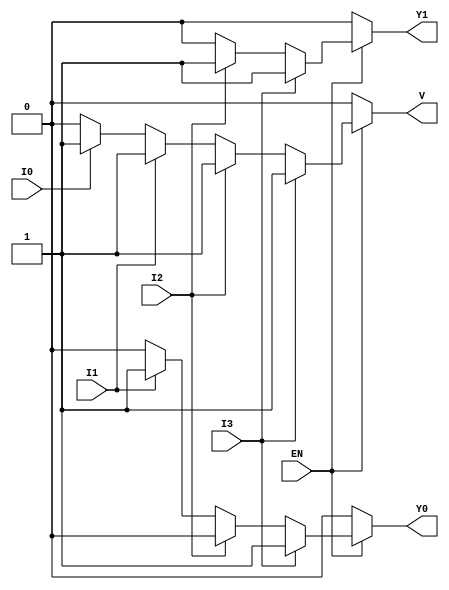
module encoder_4to2 (
    input wire I3,         // Input 3 (highest priority)
    input wire I2,         // Input 2
    input wire I1,         // Input 1
    input wire I0,         // Input 0 (lowest priority)
    input wire EN,         // Enable signal
    output reg Y1,         // Output 1
    output reg Y0,         // Output 0
    output reg V           // Valid output
);

always @(*) begin
    // Default outputs
    Y1 = 1'b0;
    Y0 = 1'b0;
    V = 1'b0;

    if (EN) begin
        // Priority encoding
        if (I3) begin
            Y1 = 1'b1;
            Y0 = 1'b1;
            V = 1'b1;
        end
        else if (I2) begin
            Y1 = 1'b1;
            Y0 = 1'b0;
            V = 1'b1;
        end
        else if (I1) begin
            Y1 = 1'b0;
            Y0 = 1'b1;
            V = 1'b1;
        end
        else if (I0) begin
            Y1 = 1'b0;
            Y0 = 1'b0;
            V = 1'b1;
        end
    end else begin
        // When EN is not active, all outputs are reset
        Y1 = 1'b0;
        Y0 = 1'b0;
        V = 1'b0;
    end
end

endmodule